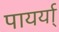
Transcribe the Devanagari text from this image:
पायर्या्